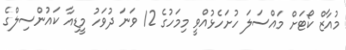
މުއާޒް ކޯޓަށް މައްސަލަ ހުށަހެޅުއްވީ މިމަހުގެ 12 ވަނަ ދުވަހު މީޑިއާ ކައުންސިލްގެ